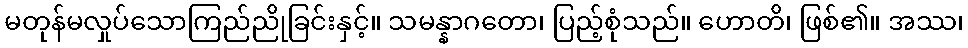
မတုန်မလှုပ်သောကြည်ညိုခြင်းနှင့်။ သမန္နာဂတော၊ ပြည့်စုံသည်။ ဟောတိ၊ ဖြစ်၏။ အဿ၊